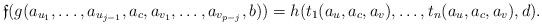
LaTeX: \begin{align*}\mathfrak f(g(a_{u_1},\dots,a_{u_{j-1}},a_c,a_{v_{1}},\dots,a_{v_{p-j}},b)) =h(t_1(a_{u},a_c,a_{v}),\dots,t_n(a_{u},a_c,a_{v}),d).\end{align*}